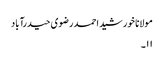
مولانا خورشید احمد رضوی حیدرآباد
۱۱۔